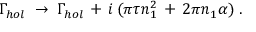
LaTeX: \Gamma _ { h o l } \; \to \; \Gamma _ { h o l } \, + \, i \, ( \pi \tau n _ { 1 } ^ { 2 } \, + \, 2 \pi n _ { 1 } \alpha ) \; .